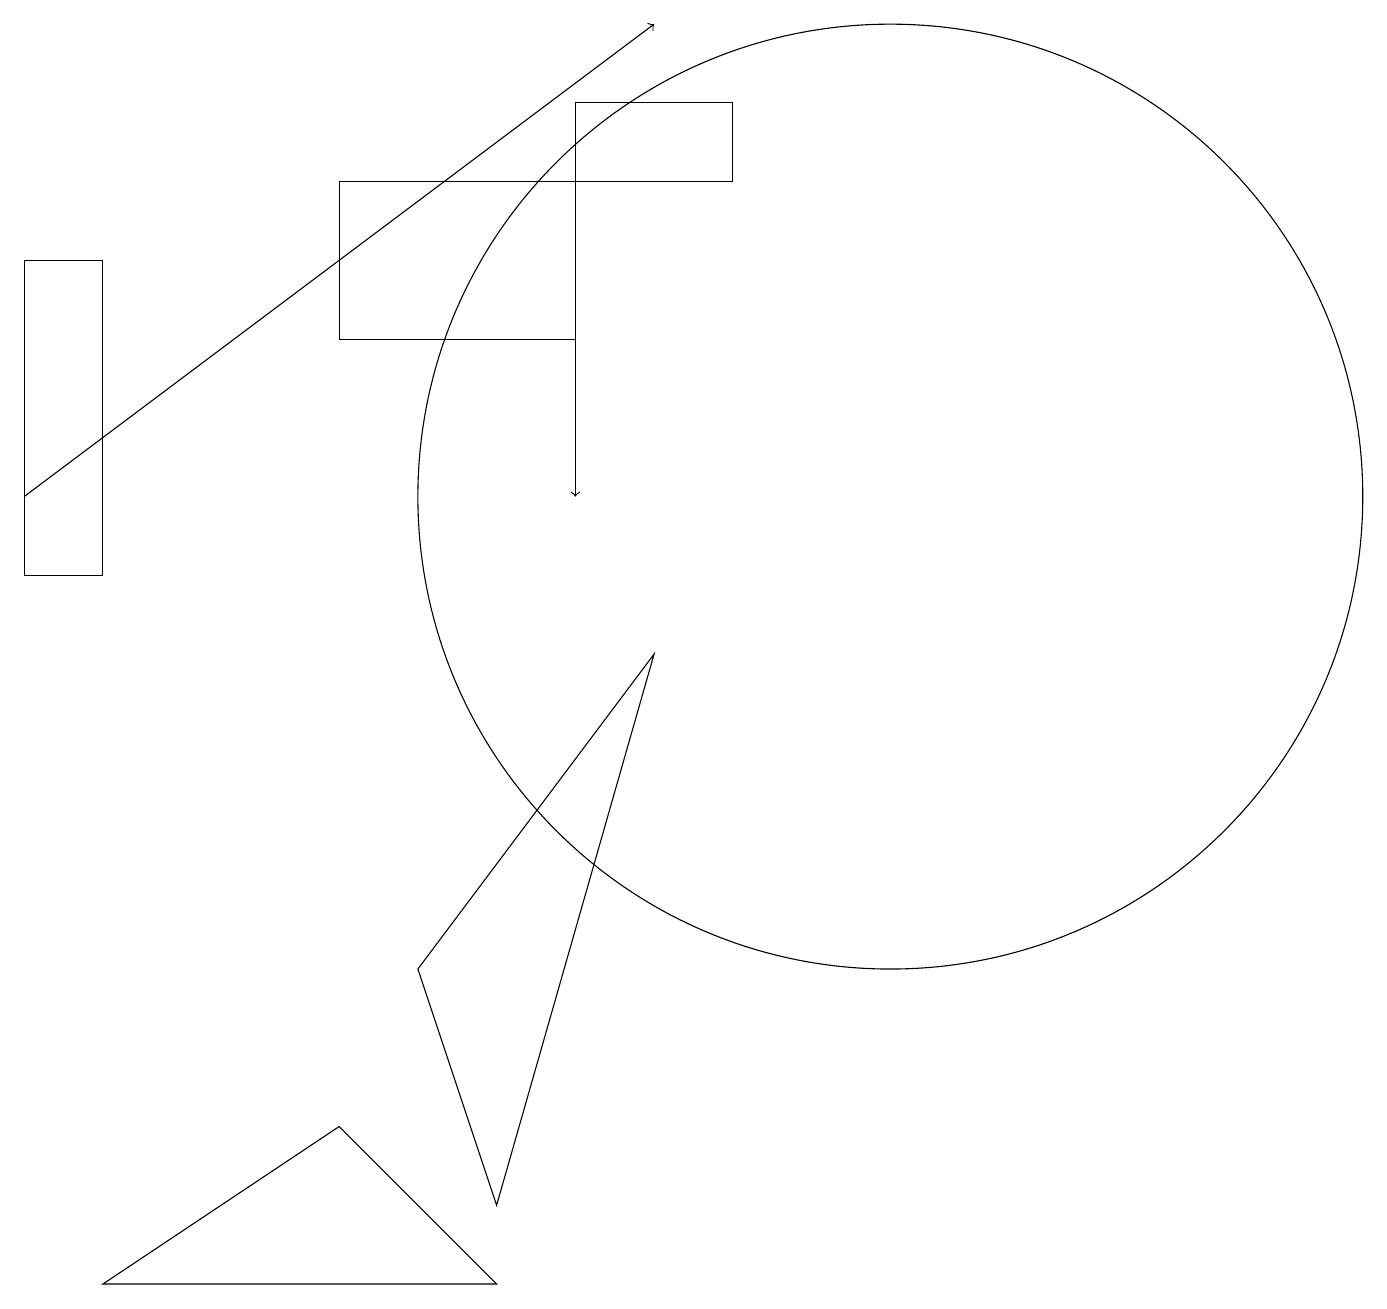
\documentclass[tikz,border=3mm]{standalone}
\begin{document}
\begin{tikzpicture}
\draw (4,15) rectangle (7,13);
\draw (11,11) circle (6);
\draw[->] (7,13) -- (7,11);
\draw (0,14) rectangle (1,10);
\draw (6,1) -- (4,3) -- (1,1) -- cycle;
\draw (6,2) -- (5,5) -- (8,9) -- cycle;
\draw (9,15) rectangle (7,16);
\draw[->] (0,11) -- (8,17);
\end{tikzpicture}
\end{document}